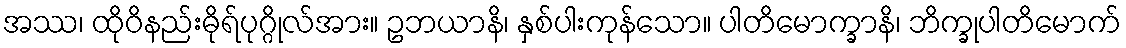
အဿ၊ ထိုဝိနည်းဓိုရ်ပုဂ္ဂိုလ်အား။ ဥဘယာနိ၊ နှစ်ပါးကုန်သော။ ပါတိမောက္ခာနိ၊ ဘိက္ခုပါတိမောက်